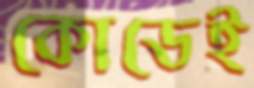
কোডেই